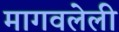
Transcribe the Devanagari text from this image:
मागवलेली